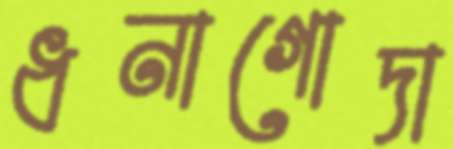
ধনাগোদা